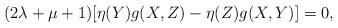
LaTeX: \begin{align*}(2\lambda+\mu+1)[\eta(Y)g(X,Z)-\eta(Z)g(X,Y)]=0,\end{align*}